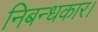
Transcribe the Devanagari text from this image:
निबन्धकार।